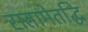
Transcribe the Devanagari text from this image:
सतामेतद्धि